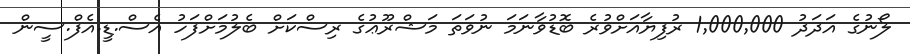
ލޯނުގެ އަދަދު 1